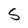
Character: S